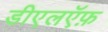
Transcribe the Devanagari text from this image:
डीएलऍफ़